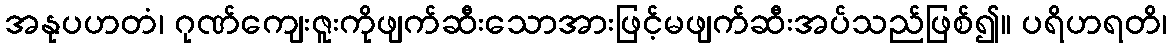
အနုပဟတံ၊ ဂုဏ်ကျေးဇူးကိုဖျက်ဆီးသောအားဖြင့်မဖျက်ဆီးအပ်သည်ဖြစ်၍။ ပရိဟရတိ၊